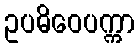
ဥပဓိဝေပက္ကာ